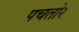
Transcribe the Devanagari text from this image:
पचतोर